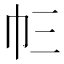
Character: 𢁚